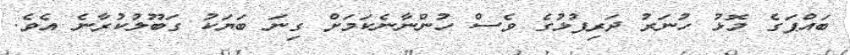
ބައްޕަގެ މޮޅު ހުނަރު ދަރިފުޅުގެ ވެސް ހުންނާނެކަމަށް ގިނަ ބަޔަކު ގަބޫލުކުރާނެ އެވެ.